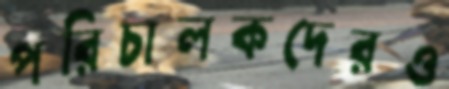
পরিচালকদেরও